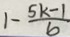
1 - \frac { 5 k - 1 } { b }